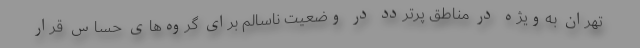
تهران به‌ویژه در مناطق پرتردد در وضعیت ناسالم برای گروه‌های حساس قرار